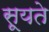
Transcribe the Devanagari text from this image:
सूयते